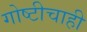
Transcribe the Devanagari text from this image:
गोष्टीचाही